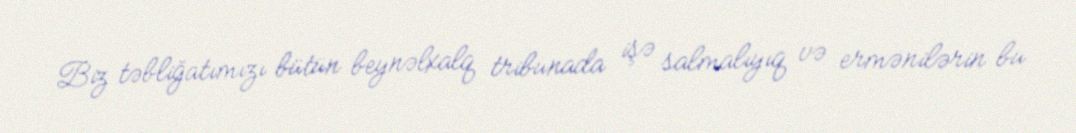
Biz təbliğatımızı bütün beynəlxalq tribunada işə salmalıyıq və ermənilərin bu